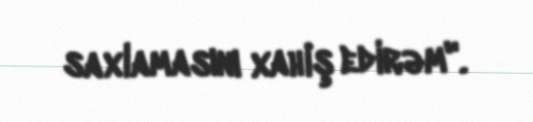
saxlamasını xahiş edirəm".